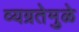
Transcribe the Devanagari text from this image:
व्यग्रतेमुळे